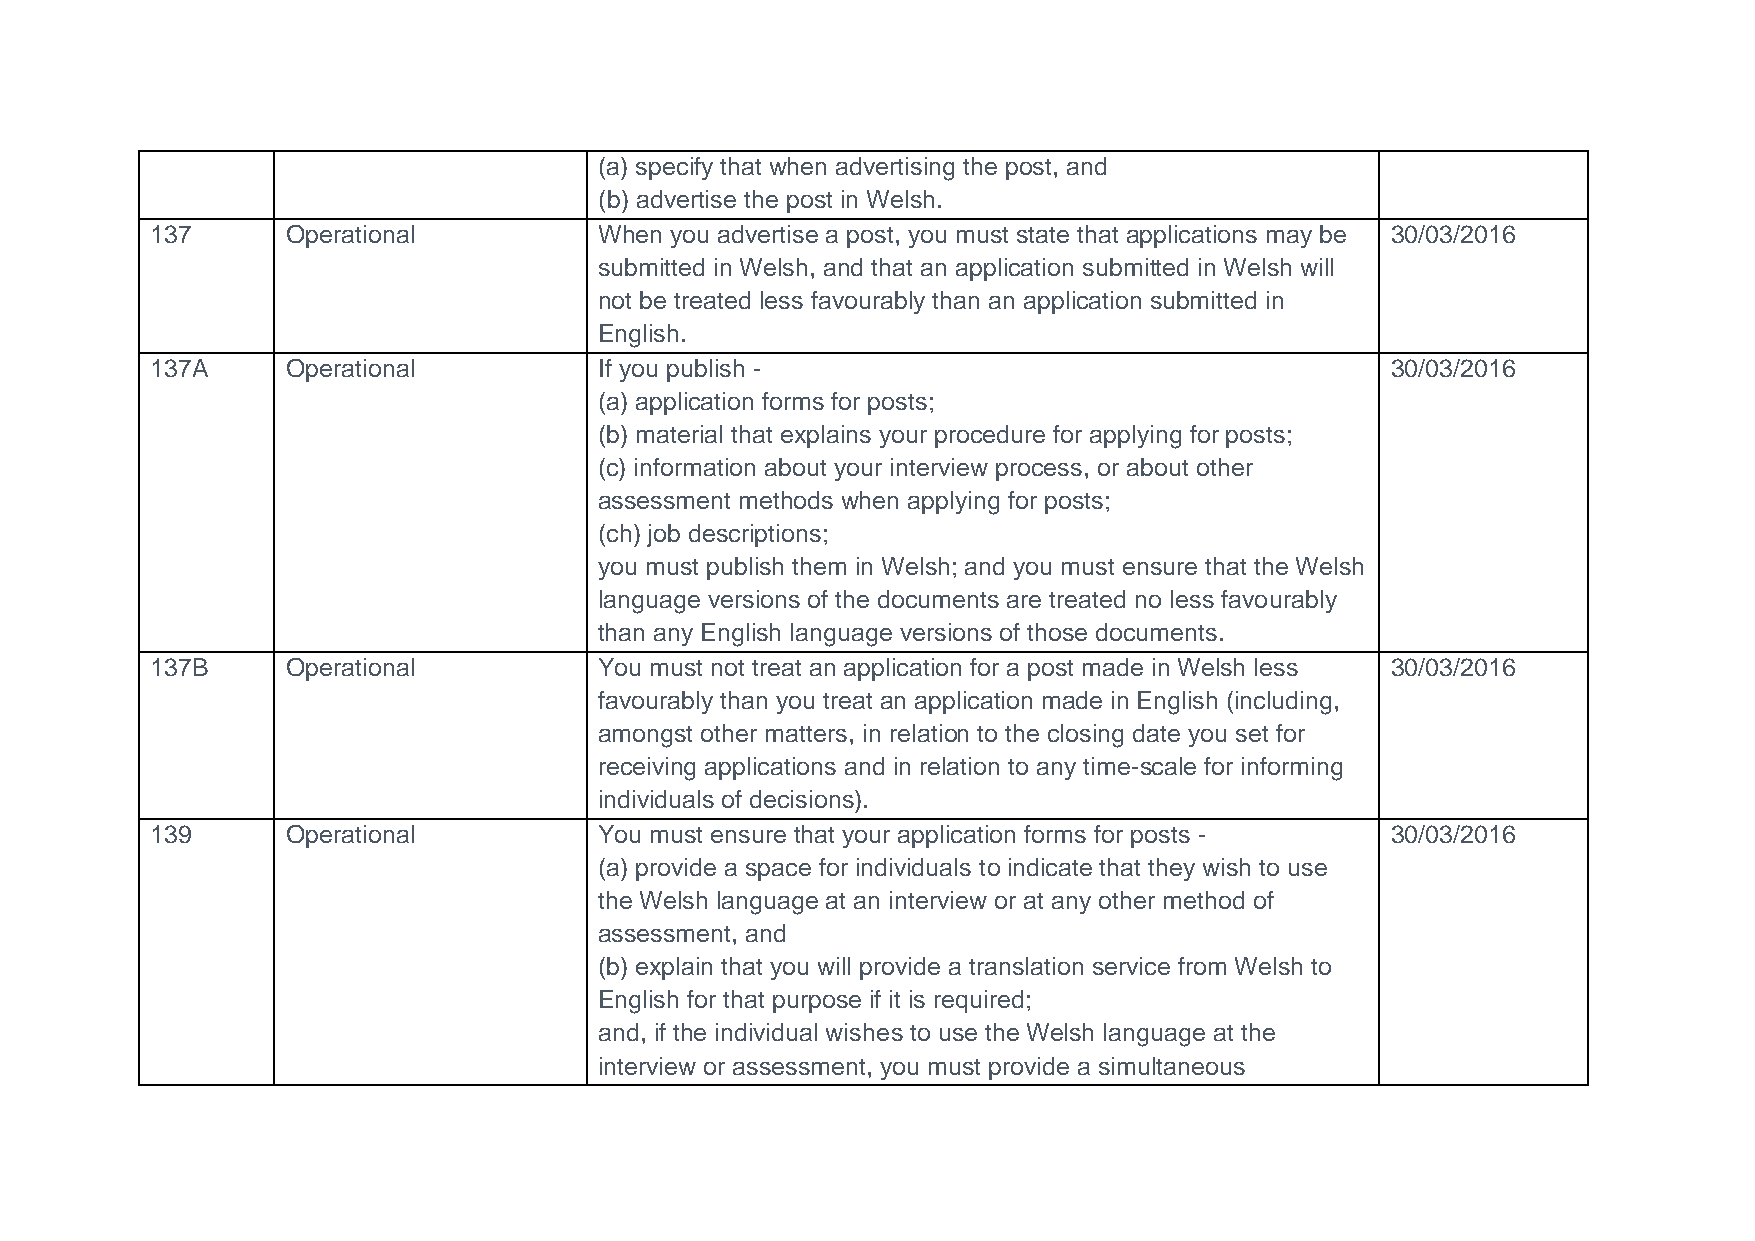
(a) specify that when advertising the post, and
 (b) advertise the post in Welsh.
 137      Operational          When you advertise a post, you must state that applications may be 30/03/2016
 submitted in Welsh, and that an application submitted in Welsh will
 not be treated less favourably than an application submitted in
 English.
 137A     Operational          If you publish -                                    30/03/2016
 (a) application forms for posts;
 (b) material that explains your procedure for applying for posts;
 (c) information about your interview process, or about other
 assessment methods when applying for posts;
 (ch) job descriptions;
 you must publish them in Welsh; and you must ensure that the Welsh
 language versions of the documents are treated no less favourably
 than any English language versions of those documents.
 137B     Operational          You must not treat an application for a post made in Welsh less 30/03/2016
 favourably than you treat an application made in English (including,
 amongst other matters, in relation to the closing date you set for
 receiving applications and in relation to any time-scale for informing
 individuals of decisions).
 139      Operational          You must ensure that your application forms for posts - 30/03/2016
 (a) provide a space for individuals to indicate that they wish to use
 the Welsh language at an interview or at any other method of
 assessment, and
 (b) explain that you will provide a translation service from Welsh to
 English for that purpose if it is required;
 and, if the individual wishes to use the Welsh language at the
 interview or assessment, you must provide a simultaneous